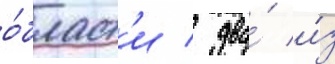
о́бласт'и / два́ и́з